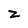
Character: z